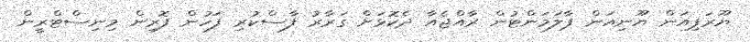
ޔޫރަޕިއަން ޔޫނިއަން ޕާލަމަންޓުން ރާއްޖެއާ ދެކޮޅަށް ގަރާރު ފާސްކުރި ފަހުން ފޮރިން މިނިސްޓްރީން